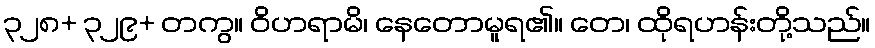
၃၂၈+ ၃၂၉+ တကွ။ ဝိဟရာမိ၊ နေတောမူရ၏။ တေ၊ ထိုရဟန်းတို့သည်။